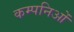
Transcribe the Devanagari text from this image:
कम्पनिओं